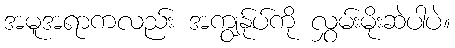
အမူအရာကလည်း အကျွန်ုပ်ကို လွှမ်းမိုးဆဲပါပဲ။